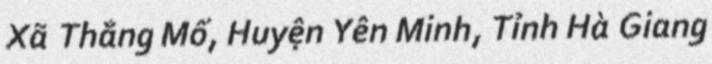
Xã Thắng Mố, Huyện Yên Minh, Tỉnh Hà Giang